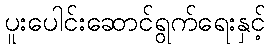
ပူးပေါင်းဆောင်ရွက်ရေးနှင့်